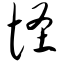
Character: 怪